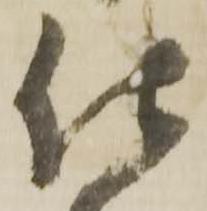
仕